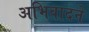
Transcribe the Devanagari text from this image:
अभिवादने